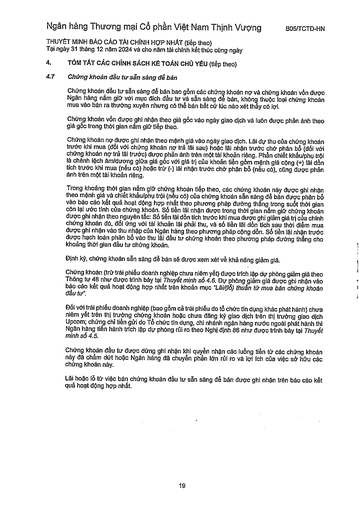
||(tiếp theo)| |---|---| ||Chứng khoán đầu tư sẵn sàng để bán| ||Chứng khoán đầu tư sẵn sàng để bán bao gồm các chứng khoán nợ và chứng khoán vốn được Ngân hàng nắm giữ với mục đích đầu tư và sẵn sàng để bán, không thuộc loại chứng khoán mua vào bán ra thường xuyên nhưng có thể bán bất cứ lúc nào xét thấy có lợi.| ||Chứng khoán vốn được ghi nhận theo giá gốc vào ngày giao dịch và luôn được phản ánh theo giá gốc trong thời gian nắm giữ tiếp theo.| ||Chứng khoán nợ được ghi nhận theo mệnh giá vào ngày giao dịch. Lãi dự thu của chứng khoán trước khi mua (đối với chứng khoán nợ trả lãi sau) hoặc lãi nhận trước chờ phân bổ (đối với chứng khoán nợ trả lãi trước) được phản ánh trên một tài khoản riêng. Phần chiết khấu/phụ trội là chênh lệch âm/dương giữa giá gốc với giá trị của khoản tiền gồm mệnh giá cộng (+) lãi đơn tích trước khi mua (nếu có) hoặc trừ (-) lãi nhận trước chờ phân bổ (nếu có), cũng được phản ánh trên một tài khoản riêng.| ||Trong khoảng thời gian nắm giữ chứng khoán tiếp theo, các chứng khoán này được ghi nhận theo mệnh giá và chiết khấu/phụ trội (nếu có) của chứng khoán sẵn sàng để bán được phân bổ vào báo cáo kết quả hoạt động hợp nhất theo phương pháp đường thẳng trong suốt thời gian còn lại ước tính của chứng khoán. Số tiền lãi nhận được trong thời gian nắm giữ chứng khoán được ghi nhận theo nguyên tắc: Số tiền lãi đơn tích trước khi mua được ghi giảm giá trị của chính chứng khoán đó, đối ứng với tài khoản lãi phải thu, và số tiền lãi đơn tích sau thời điểm mua được ghi nhận vào thu nhập của Ngân hàng theo phương pháp cộng dồn. Số tiền lãi nhận trước được hạch toán phân bổ vào thu lãi đầu tư chứng khoán theo phương pháp đường thẳng cho khoảng thời gian đầu tư chứng khoán.| ||Định kỳ, chứng khoán sẵn sàng để bán sẽ được xem xét về khả năng giảm giá.| ||Chứng khoán (trừ trái phiếu doanh nghiệp chưa niêm yết) được trích lập dự phòng giảm giá theo Thông tư 48 như được trình bày tại Thuyết minh số 4.6. Dự phòng giảm giá được ghi nhận vào báo cáo kết quả hoạt động hợp nhất trên khoản mục "Lãi/(lỗ) thuần từ mua bán chứng khoán đầu tư".| ||Đối với trái phiếu doanh nghiệp (bao gồm cả trái phiếu do tổ chức tín dụng khác phát hành) chưa niêm yết trên thị trường chứng khoán hoặc chưa đăng ký giao dịch trên thị trường giao dịch Upcom; chứng chỉ tiền gửi do Tổ chức tín dụng, chi nhánh ngân hàng nước ngoài phát hành thì Ngân hàng tiến hành trích lập dự phòng rủi ro theo Nghị định 86 như được trình bày tại Thuyết minh số 4.5.| ||Chứng khoán đầu tư được dừng ghi nhận khi quyền nhận các luồng tiền từ các chứng khoán này đã chấm dứt hoặc Ngân hàng đã chuyển phần lớn rủi ro và lợi ích của việc sở hữu các chứng khoán này.| ||Lãi hoặc lỗ từ việc bán chứng khoán đầu tư sẵn sàng để bán được ghi nhận trên báo cáo kết quả hoạt động hợp nhất.|